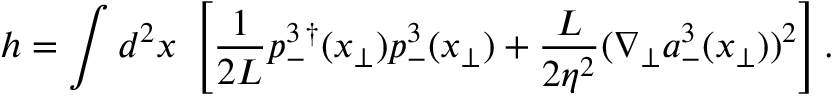
h = \int d ^ { 2 } x \; \left[ \frac { 1 } { 2 L } p _ { - } ^ { 3 \, \dagger } ( { x } _ { \bot } ) p _ { - } ^ { 3 } ( { x } _ { \bot } ) + \frac { L } { 2 \eta ^ { 2 } } ( \nabla _ { \bot } a _ { - } ^ { 3 } ( { x } _ { \bot } ) ) ^ { 2 } \right] .